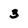
Character: 3